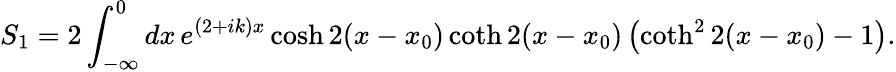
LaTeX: S_{1}=2\int_{-\infty}^{0}dx\, e^{(2+ik)x}\cosh 2(x-x_{0})\coth 2(x-x_{0})\left(\coth^{2}2(x-x_{0})-1\right).